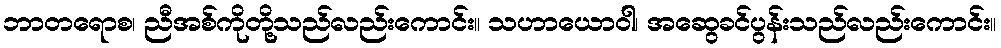
ဘာတရောစ၊ ညီအစ်ကိုတို့သည်လည်းကောင်း။ သဟာယောဝါ၊ အဆွေခင်ပွန်းသည်လည်းကောင်း။